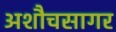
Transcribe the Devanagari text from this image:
अशौचसागर